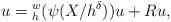
LaTeX: \begin{align*}u=\emph{}_h^w (\psi (X/h^\delta))u +Ru,\end{align*}